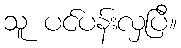
သူ ပင်ပန်းလှပြီ။